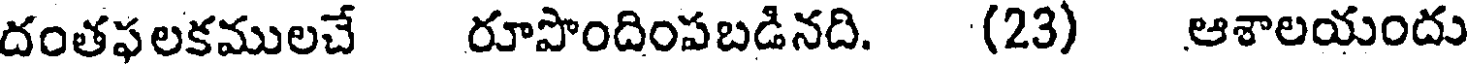
దంతఫలకములచే రూపొందింపబడినది. (23) ఆశాలయందు